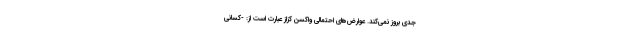
جدی بروز نمی‌کند. عوارض‌های احتمالی واکسن کزاز عبارت است از: -کسانی